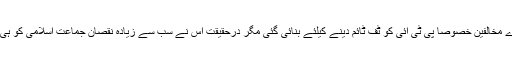
ایم ایم اے مخالفین خصوصاً پی ٹی آئی کو ٹف ٹائم دینے کیلئے بنائی گئی مگر درحقیقت اس نے سب سے زیادہ نقصان جماعت اسلامی کو ہی پہنچایا۔